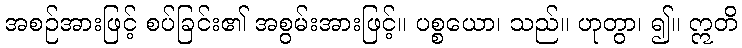
အစဉ်အားဖြင့် စပ်ခြင်း၏ အစွမ်းအားဖြင့်။ ပစ္စယော၊ သည်။ ဟုတွာ၊ ၍။ ဣတိ